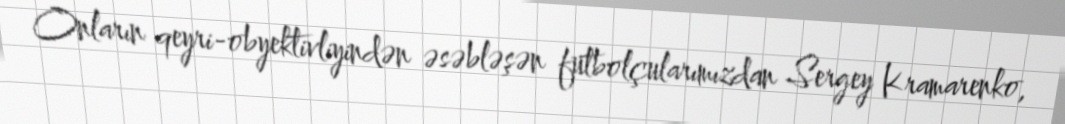
Onların qeyri-obyektivliyindən əsəbləşən futbolçularımızdan Sergey Kramarenko,